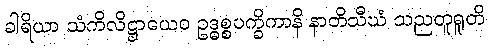
ခါရိယာ သံကိလိဋ္ဌာယေဝ ဥဒ္ဓစ္စပက္ခိကာနိ နာတိသီဃံ သညတူရူတိ